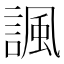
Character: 諷